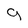
Character: g